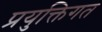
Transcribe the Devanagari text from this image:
प्रयुक्तिगत